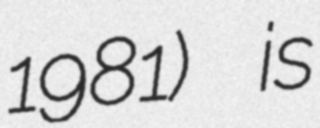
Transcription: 1981) is